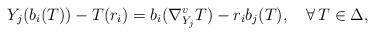
LaTeX: \begin{align*}Y_j(b_i(T))-T(r_i)=b_i(\nabla^v_{Y_j}T)-r_ib_j(T),\ \ \ \forall\, T\in\Delta,\end{align*}